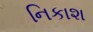
નિકાશ